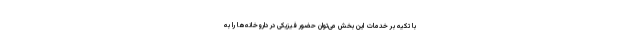
با تکیه بر خدمات این بخش می‌توان حضور فیزیکی در داروخانه‌ها را به